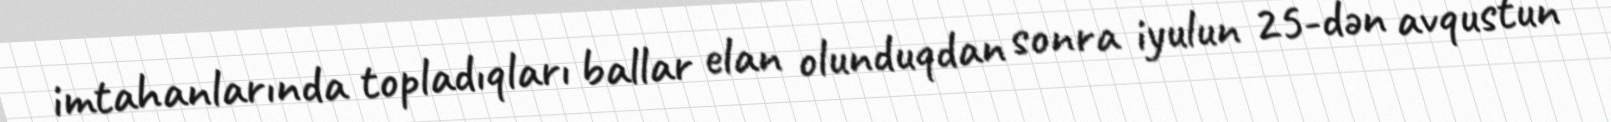
imtahanlarında topladıqları ballar elan olunduqdan sonra iyulun 25-dən avqustun